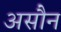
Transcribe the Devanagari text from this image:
असौन